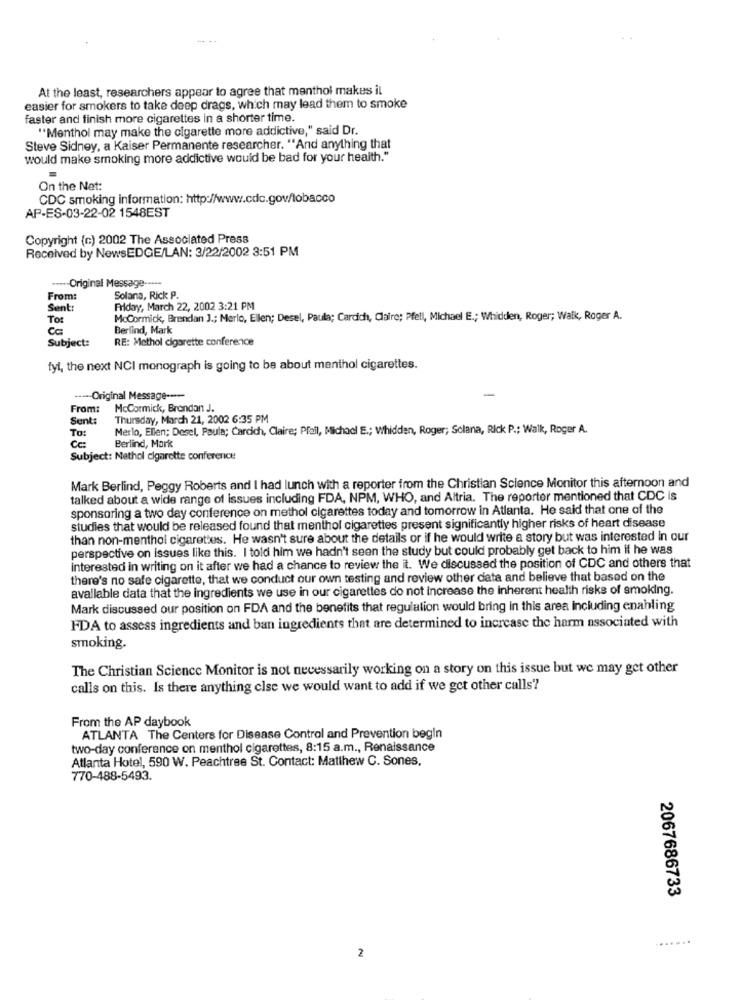
At the least, researchers appear to agree that menthol makes il
easier for smokers to take deep drags, which may lead them to smoke
faster and finish more cigarettes in a shorter time.
"Menthol may make the cigarette more addictive," said Dr.
Steve Sidney, a Kaiser Permanente researcher. "And anything that
would make smoking more addictive would be bad for your health."
On the Net:
CDC smoking information: http://www.cdc.gov/lobacco
AP-ES-03-22-02 1548EST
Copyright (c) 2002 The Associated Press
Received by NewsEDGE/LAN: 3/22/2002 3:51 PM
..--- Original Message -----
From:
Solana, Rick P.
Sent:
Friday, March 22, 2002 3:21 PM
To:
McCormick, Brendan J .; Merlo, Ellen; Desel, Paula; Cardich, Claire; Pfell, Michael E .; Whidden, Roger; Walk, Roger A.
Ca
Berlind, Mark
Subject:
RE: Methol cigarette conference
fyl, the next NCI monograph is going to be about menthol cigarettes.
-
---- Original Message ----
From:
McCormick, Brondan J.
Sent:
Thursday, March 21, 2002 6:35 PM
TO:
Merlo, Ellen; Desel, Paula; Cardich, Claire; Pfeil, Michael E .; Whidden, Roger; Solana, Rick P .; Walk, Roger A.
Cc:
Berlind, Mark
Subject: Nethol cigarette conference
Mark Berlind, Peggy Roberts and I had lunch with a reporter from the Christian Science Monitor this afternoon and
talked about a wide range of issues including FDA, NPM, WHO, and Altria. The reporter mentioned that CDC is
sponsoring a two day conference on methol cigarettes today and tomorrow in Atlanta. He said that one of the
studies that would be released found that menthol cigarettes present significantly higher risks of heart disease
than non-menthol cigarettes. He wasn't sure about the details or if he would write a story but was interested In our
perspective on issues like this. I told him we hadn't seen the study but could probably get back to him if he was
interested in writing on it after we had a chance to review the it. We discussed the position of CDC and others that
there's no safe cigarette, that we conduct our own testing and review other data and believe that based on the
available data that the ingredients we use in our cigarettes do not increase the inherent health risks of smoking.
Mark discussed our position on FDA and the benefits that regulation would bring in this area including enabling
FDA to assess ingredients and ban ingredients that are determined to increase the harm associated with
smoking.
The Christian Science Monitor is not necessarily working on a story on this issue but we may get other
calls on this. Is there anything else we would want to add if we get other calls?
From the AP daybook
ATLANTA The Centers for Disease Control and Prevention begin
two-day conference on menthol cigarettes, 8:15 a.m ., Renaissance
Atlanta Hotel, 590 W. Peachtree St. Contact: Matthew C. Sones,
770-488-5493.
2067686733
.......
2